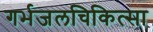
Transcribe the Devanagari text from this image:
गर्भजलचिकित्सा